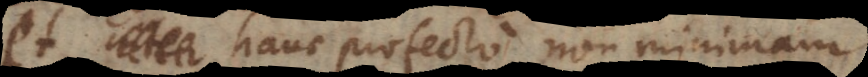
et hanc profecto non minimam